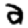
Digit: 2